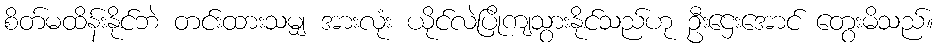
စိတ်မထိန်းနိုင်ဘဲ တင်းထားသမျှ အားလုံး ယိုင်လဲပြိုကျသွားနိုင်သည်ဟု ဦးဌေးအောင် တွေးမိသည်။